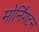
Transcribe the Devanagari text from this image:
मोर्निंगटन